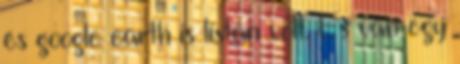
és google earth is listán volt. És van egy